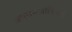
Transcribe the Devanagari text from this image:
अपसमजांविषयी